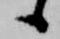
候